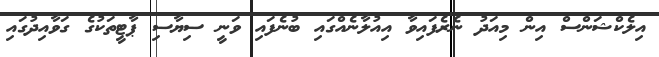
އިލެކްޝަންސް އިން މިއަދު ނެރެފައިވާ އިއުލާނެއްގައި ބުނެފައި ވަނީ ސިޔާސި ޕާޓީތަކުގެ ގަވާއިދުގައި